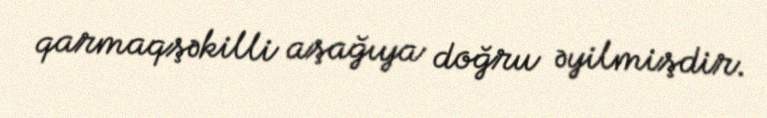
qarmaqşəkilli aşağıya doğru əyilmişdir.